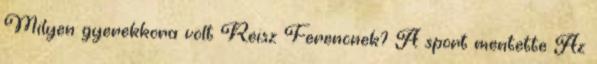
Milyen gyerekkora volt Reisz Ferencnek? A sport mentette Az